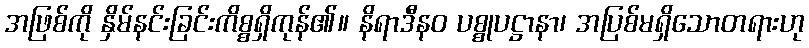
အဖြစ်ကို နှိမ်နင်းခြင်းကိစ္စရှိကုန်၏။ နိရာဒီနဝ ပစ္စုပဋ္ဌာနာ၊ အပြစ်မရှိသောတရားဟု